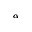
_ \alpha